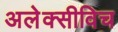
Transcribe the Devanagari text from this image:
अलेक्सीविच